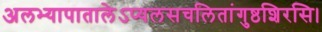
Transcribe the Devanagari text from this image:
अलभ्यापातालेऽप्यलसचलितांगुष्ठशिरसि।